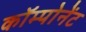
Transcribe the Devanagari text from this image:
कॉम्पोनेंट